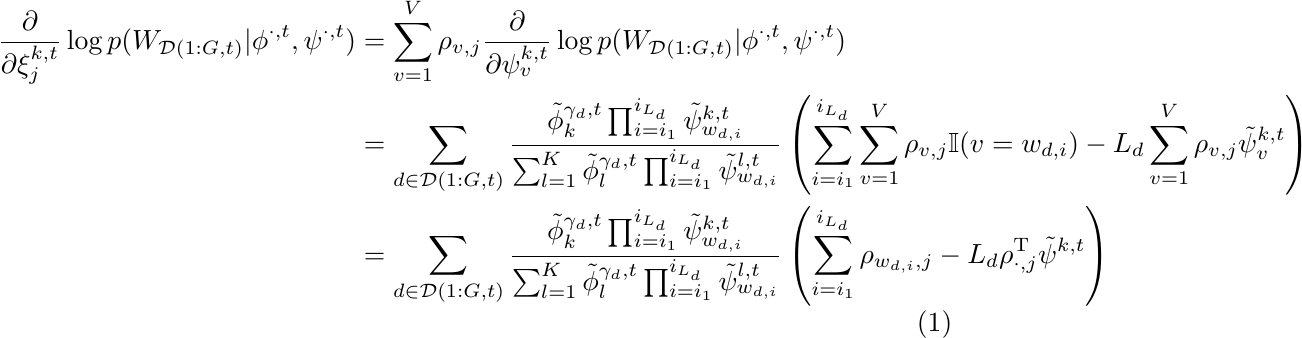
\begin{align}
     \frac{\partial}{\partial \xi^{k,t}_j} \log p(W_{\mathcal{D}(1:G,t)} | \phi^{\cdot,t}, \psi^{\cdot,t})
     &= \sum_{v=1}^V \rho_{v,j} \frac{\partial}{\partial  \psi^{k,t}_v} \log p(W_{\mathcal{D}(1:G,t)} | \phi^{\cdot,t}, \psi^{\cdot,t}) \nonumber \\
     &= \sum_{d \in \mathcal{D}(1:G,t)} \frac {\tilde{\phi}_k^{\gamma_d,t} \prod_{i=i_1}^{i_{L_d}} \tilde{\psi}_{w_{d,i}}^{k,t}} {\sum_{l=1}^K \tilde{\phi}_l^{\gamma_d,t} \prod_{i=i_1}^{i_{L_d}} \tilde{\psi}_{w_{d,i}}^{l,t}} \left( \sum_{i=i_1}^{i_{L_d}} \sum_{v=1}^V \rho_{v,j} \mathbb{I}(v=w_{d,i}) - L_d \sum_{v=1}^V \rho_{v,j} \tilde{\psi}_{v}^{k,t} \right) \nonumber \\
     &= \sum_{d \in \mathcal{D}(1:G,t)} \frac {\tilde{\phi}_k^{\gamma_d,t} \prod_{i=i_1}^{i_{L_d}} \tilde{\psi}_{w_{d,i}}^{k,t}} {\sum_{l=1}^K \tilde{\phi}_l^{\gamma_d,t} \prod_{i=i_1}^{i_{L_d}} \tilde{\psi}_{w_{d,i}}^{l,t}} \left( \sum_{i=i_1}^{i_{L_d}} \rho_{w_{d,i},j} - L_d \rho_{\cdot,j}^\text{T} \tilde{\psi}^{k,t} \right) \label{eq:diff_log_p_xi_final}
\end{align}